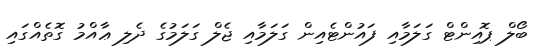
ބޯލް ޕޮއިންޓް ގަލަމާއި ފައުންޓެއިން ގަލަމާއި ޖެލް ގަލަމުގެ ދެލި ޢާއްމު ގޮތެއްގައި